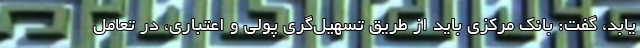
یابد، گفت: بانک مرکزی باید از طریق تسهیل‌گری پولی و اعتباری، در تعامل